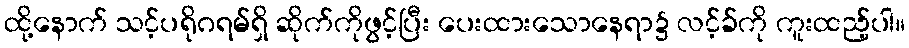
ထို့နောက် သင့်ပရိုဂရမ်ရှိ ဆိုက်ကိုဖွင့်ပြီး ပေးထားသောနေရာ၌ လင့်ခ်ကို ကူးထည့်ပါ။